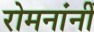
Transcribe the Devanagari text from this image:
रोमनांनीं